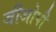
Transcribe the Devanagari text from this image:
जीओपी